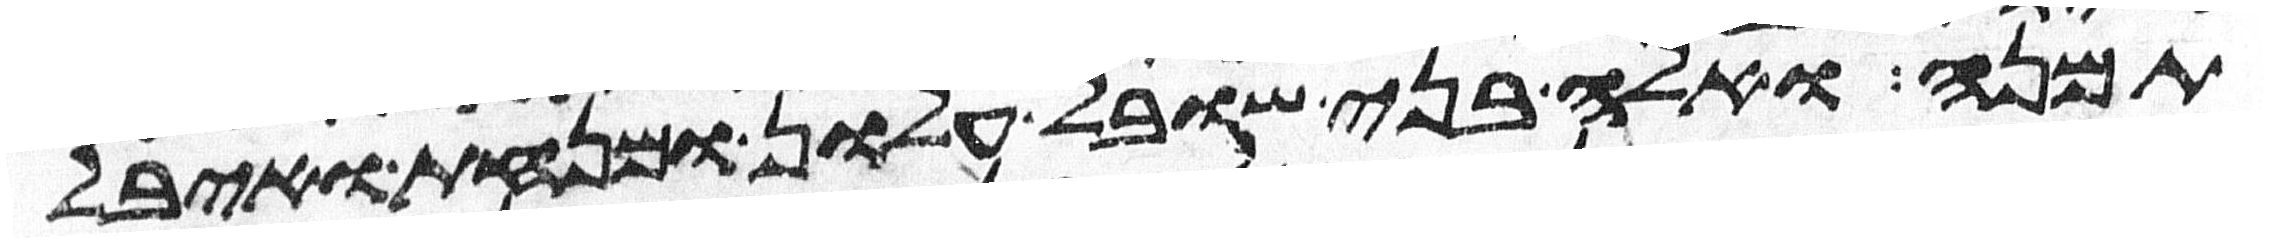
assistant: תמנע ואלה בני שובל עלון ומנחת ועיבל